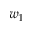
w _ { 1 }